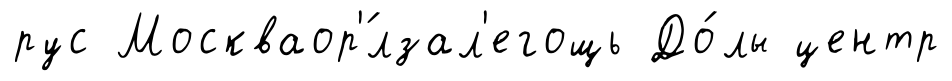
рус Москваор'́лзал'егощь До́лы центр